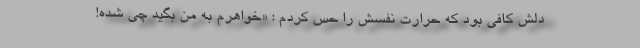
دلش کافی بود که حرارت نفسش را حس کردم : «خواهرم به من بگید چی شده!